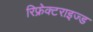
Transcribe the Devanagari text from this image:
रिफ्रेक्टराइज्ड